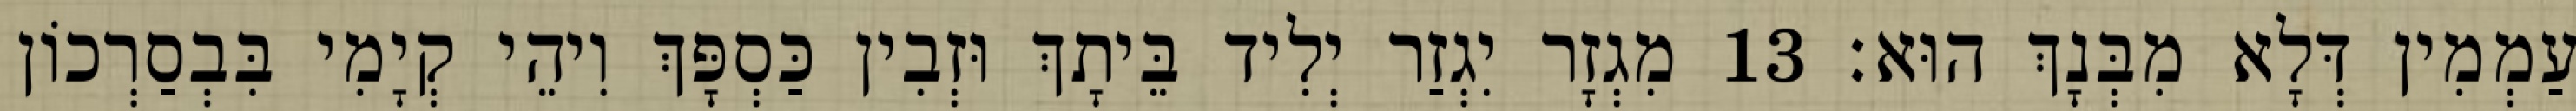
עַמְמִין דְּלָא מִבְּנָךְ הוּא׃ 13 מִגְזָר יִגְזַר יְלִיד בֵּיתָךְ וּזְבִין כַּסְפָּךְ וִיהֵי קְיָמִי בִּבְסַרְכוֹן